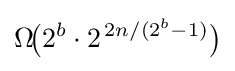
\Omega \!{\big (}2^{b}\cdot 2^{\,2n/(2^{b}-1)}{\big )}